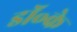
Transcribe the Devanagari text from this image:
डॉ॰के